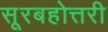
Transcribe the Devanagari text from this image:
सूरबहोत्तरी